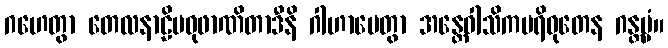
ဂဟေတွာ တေလနာဠိမဓုဖာဏိတာဒီနိ ဂါဟာပေတွာ အန္တေဝါသိကပရိဝုတေန ဂန္တဗ္ဗံ။